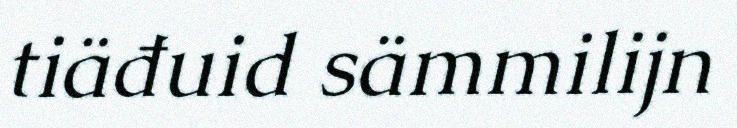
tiäđuid sämmilijn